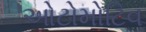
ઓટોમોટિવ